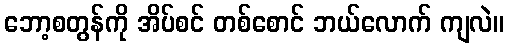
ဘော့စတွန်ကို အိပ်စင် တစ်စောင် ဘယ်လောက် ကျလဲ။